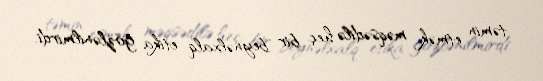
təmin etmək məqsədilə heç bir beynəlxalq etika gözlənilmirdi.